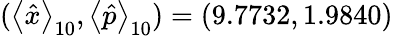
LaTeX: (\left<\hat{x}\right>_{10},\left<\hat{p}\right>_{10})=(9.7732,1.9840)